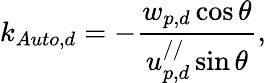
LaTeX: k_{Auto,d}=-\frac{w_{p,d}\cos\theta}{u_{p,d}^{//}\sin\theta},